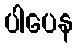
ပါပေန